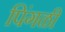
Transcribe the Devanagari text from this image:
पिंगळी